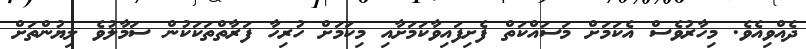
ދެއްވިއެވެ. މިހާރުވެސް އެކަމަށް މަސައްކަތް ފެށިފައިވާކަމަށާއި މިކަމަށް ހުރިހާ ފަރާތްތަކަކުން ސަމާލުވެ ލިޔުންތަށް